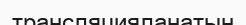
трансляцияланатын